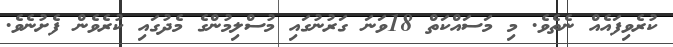
ކުރެވިފައެއް ނެތެވެ. މި މަސައްކަތް 18ވަނަ ގަރުނުގައި މުސްލިމުންގެ މެދުގައި ކުރެވެން ފެށުނެވެ.